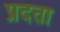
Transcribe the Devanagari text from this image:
प्रदता